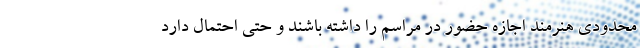
محدودی هنرمند اجازه حضور در مراسم را داشته باشند و حتی احتمال دارد